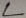
Text: L